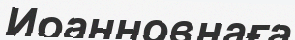
Иоанновнаға